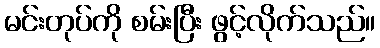
မင်းတုပ်ကို စမ်းပြီး ဖွင့်လိုက်သည်။